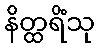
နိတ္ထရိံသု